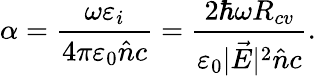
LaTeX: \alpha=\frac{\omega\varepsilon_{i}}{4\pi\varepsilon_{0}\hat{n}c}=\frac{2\hbar\omega R_{cv}}{\varepsilon_{0}|\vec{E}|^{2}\hat{n}c}.